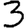
Digit: 3